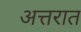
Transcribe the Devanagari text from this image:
अत्तरात